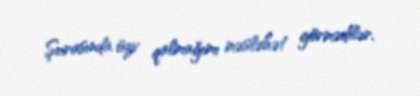
Şurasında üzv qalmağımı məsləhət görmədilər.